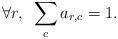
LaTeX: \begin{align*}\forall r,~\sum _{c}a_{r,c}=1.\end{align*}